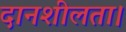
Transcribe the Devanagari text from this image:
दानशीलता।